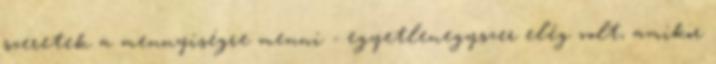
szeretek a mennyiségre menni - egyetlenegyszer elég volt, amikor